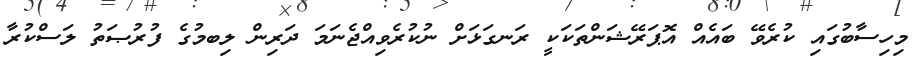
މިހިސާބުގައި ކުރެވޭ ބައެއް އޮޕަރޭޝަންތަކަކީ ރަނގަޅަށް ނުކުރެވިއްޖެނަމަ ދަރިން ލިބމުގެ ފުރުޞަތު ލަސްކުރާ